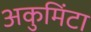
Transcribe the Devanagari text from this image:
अकुमिंटा